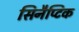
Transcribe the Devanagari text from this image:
सिनैप्टिक